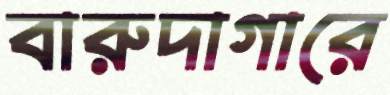
বারুদাগারে